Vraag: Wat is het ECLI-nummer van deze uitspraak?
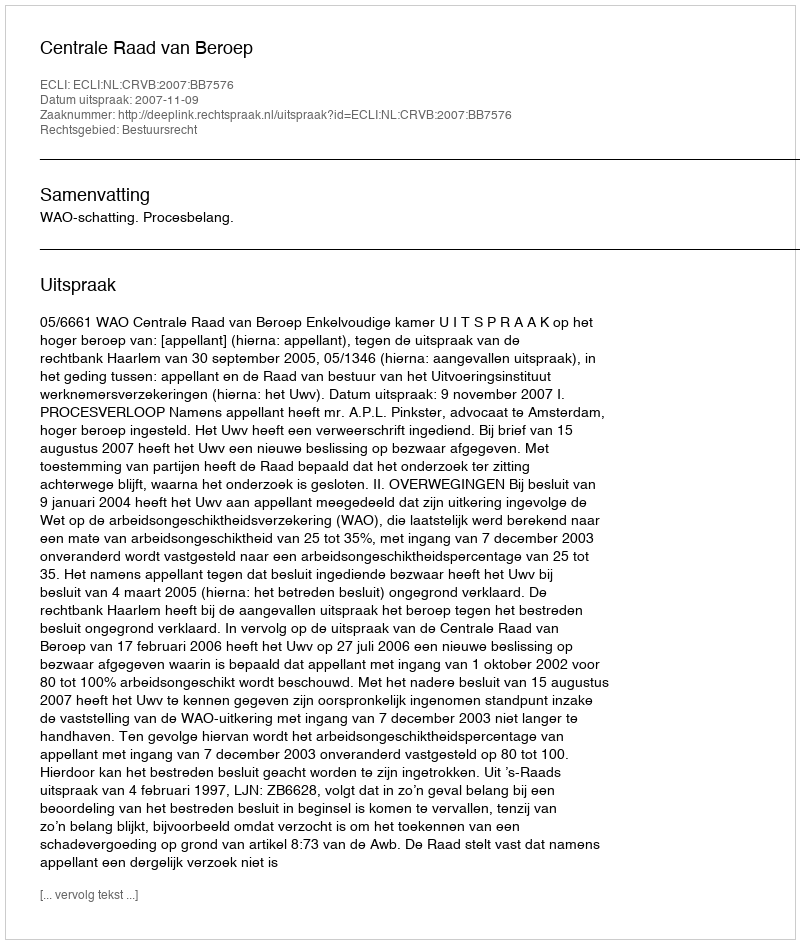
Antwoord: ECLI:NL:CRVB:2007:BB7576